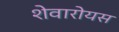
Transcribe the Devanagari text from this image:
शेवारोयस